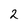
Character: 2